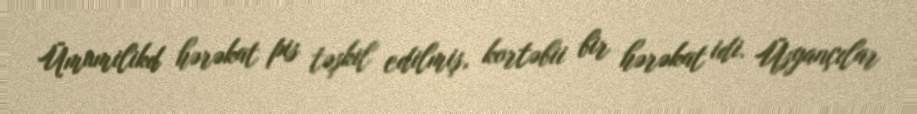
Ümumilikd hərəkat pis təşkil edilmiş, kortəbii bir hərəkat idi. Üsyançılar